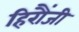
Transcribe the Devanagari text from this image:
हिरौंजी